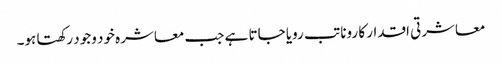
معاشرتی اقدار کا رونا تب رویا جاتا ہے جب معاشرہ خود وجود رکھتا ہو۔